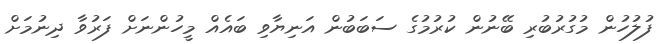
ފުލުހުން މުގުރުބުރި ބޭނުން ކުރުމުގެ ސަބަބުން އަނިޔާވި ބައެއް މީހުންނަށް ފަރުވާ ދިނުމަށް